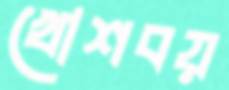
খোশবয়